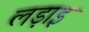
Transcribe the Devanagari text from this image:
लड़ाइ